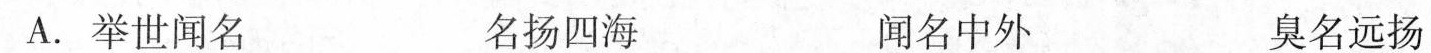
A.举世闻名 名扬四海 闻名中外 臭名远扬